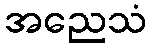
အညေသံ